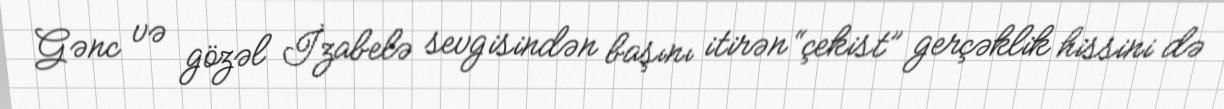
Gənc və gözəl İzabelə sevgisindən başını itirən “çekist” gerçəklik hissini də